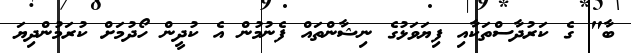
ބާ" ގެ ކަރުދާސްތަކާއި ފިޔަވަޅުގެ ނިޝާންތައް ފެނުމުން އެ ކުދީން ހޯދުމަށް ކުރަމުންދިޔަ